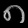
Digit: ၈